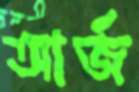
আর্জ